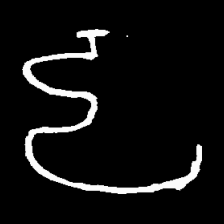
Pyu character \u2014 Myanmar letter: ဠ (romanized: lla)